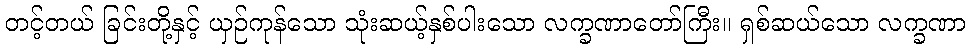
တင့်တယ် ခြင်းတို့နှင့် ယှဉ်ကုန်သော သုံးဆယ့်နှစ်ပါးသော လက္ခဏာတော်ကြီး။ ရှစ်ဆယ်သော လက္ခဏာ